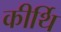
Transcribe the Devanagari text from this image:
कीर्थि